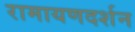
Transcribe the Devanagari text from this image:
रामायणदर्शन